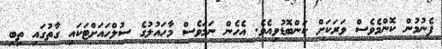
ފެނުމުން ކޮންމެވެސް ވަރަކަށް ކަންބޮޑުވިއެވެ. އެހެން ނަމަވެސް މާހައުލުގެ ސުލްހައަށްޓަކައި ގާތުގައި ތިބި